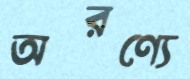
অরণ্যে